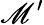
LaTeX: \mathscr{M}^{\prime}